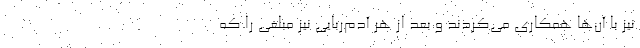
نیز با آن‌ها همکاری می‌کردند و بعد از هر آدم‌ربایی نیز مبلغی را که